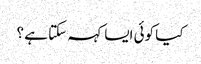
کیا کوئی ایسا کہہ سکتا ہے ؟